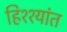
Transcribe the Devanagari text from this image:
हिश्श्यांत